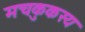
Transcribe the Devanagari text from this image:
मचकुकस्य